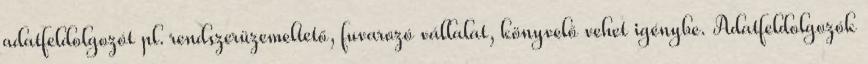
adatfeldolgozót pl. rendszerüzemeltető, fuvarozó vállalat, könyvelő vehet igénybe. Adatfeldolgozók